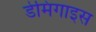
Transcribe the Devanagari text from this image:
डेमिगाइस